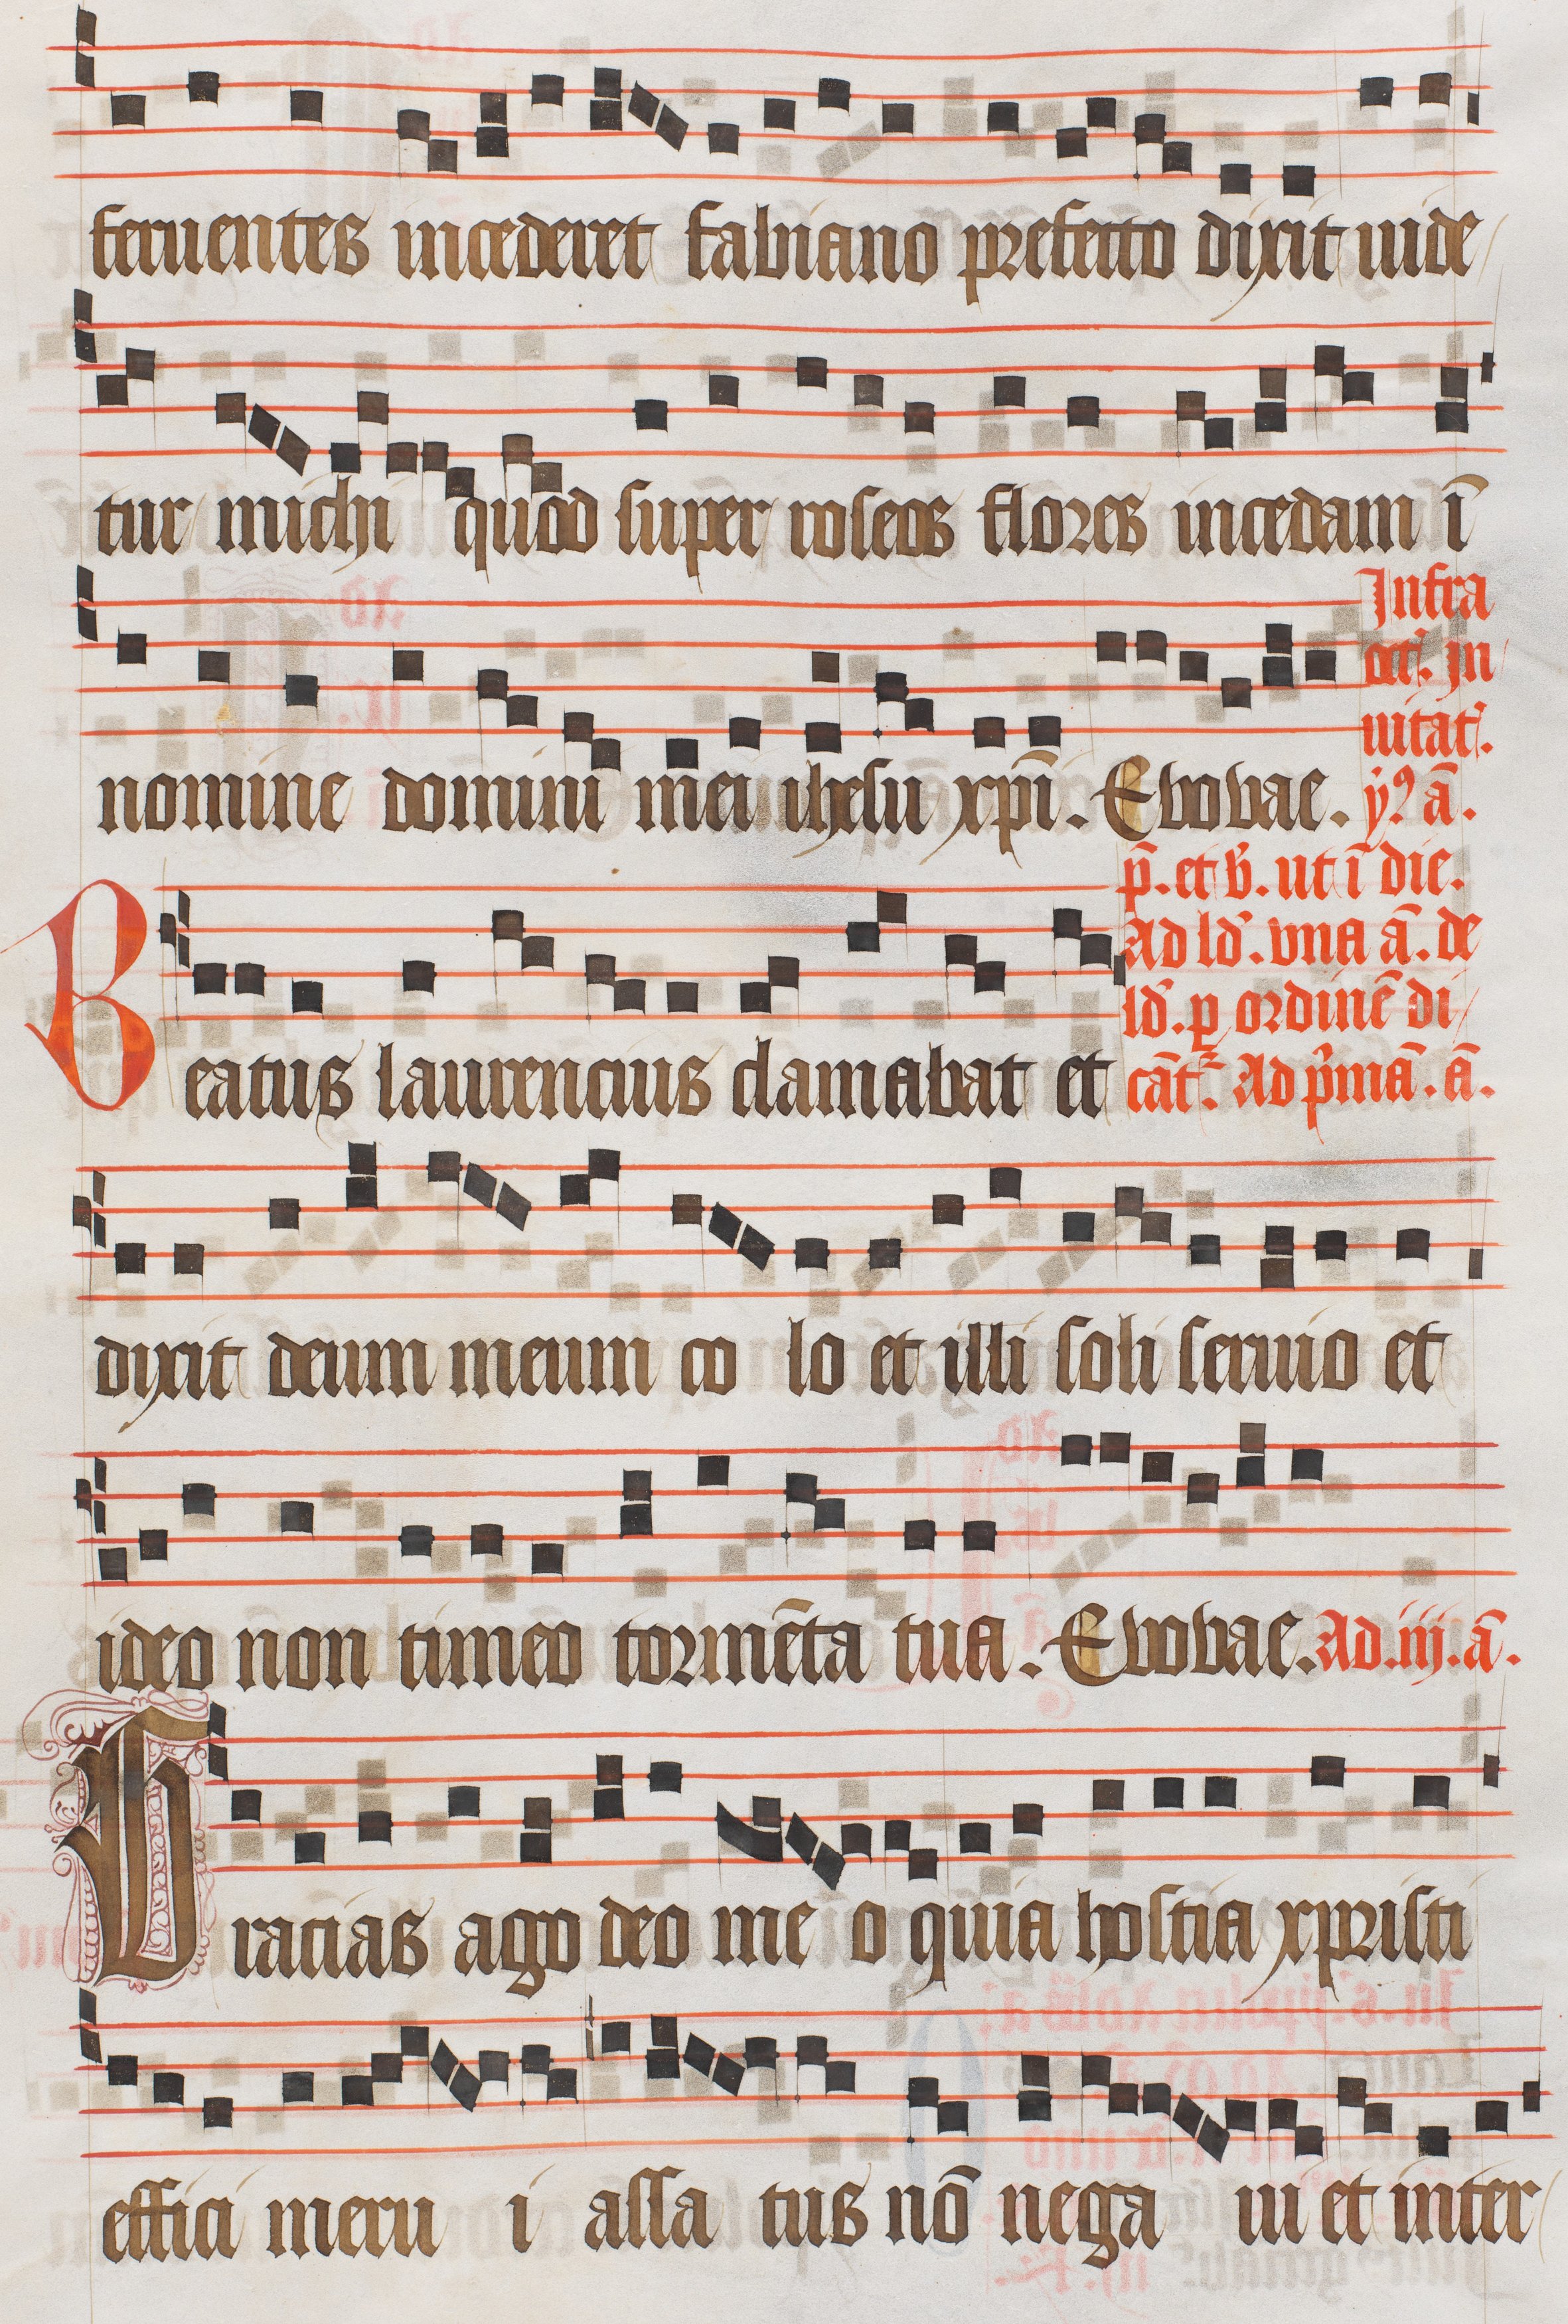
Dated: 1474–1505